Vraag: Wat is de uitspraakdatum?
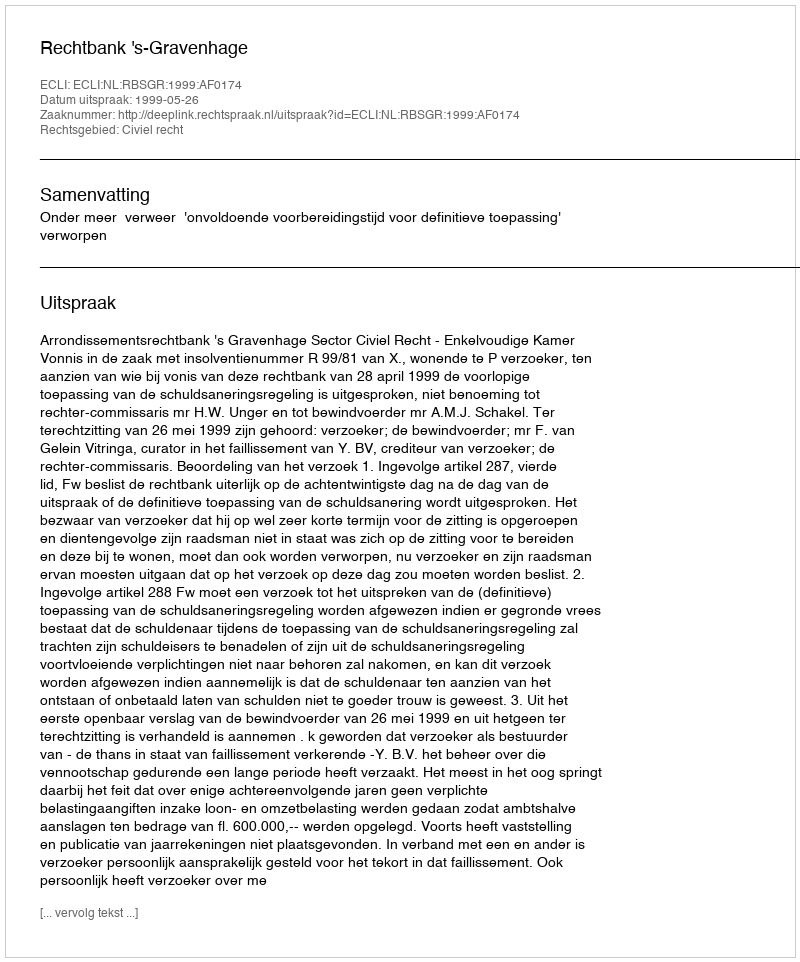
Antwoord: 1999-05-26